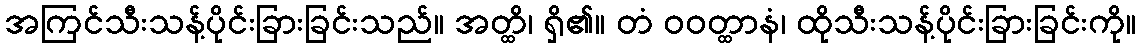
အကြင်သီးသန့်ပိုင်းခြားခြင်းသည်။ အတ္ထိ၊ ရှိ၏။ တံ ဝဝတ္ထာနံ၊ ထိုသီးသန့်ပိုင်းခြားခြင်းကို။